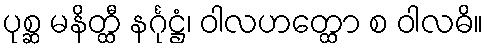
ပုစ္ဆ မနိတ္ထီ နင်္ဂုဋ္ဌံ၊ ဝါလဟတ္ထော စ ဝါလဓိ။